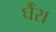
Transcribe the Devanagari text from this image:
र्घैंरा